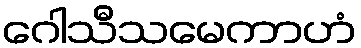
ဂေါသီသမေကာဟံ